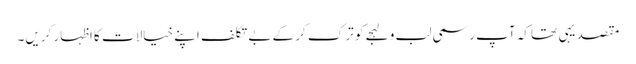
مقصد یہی تھا کہ آپ رسمی لب و لہجے کو ترک کر کے بے تکلف اپنے خیالات کا اظہار کریں۔